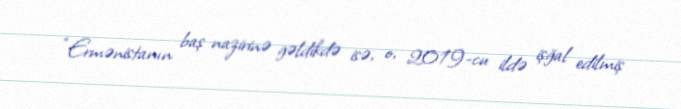
“Ermənistanın baş nazirinə gəldikdə isə, o, 2019-cu ildə işğal edilmiş